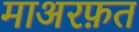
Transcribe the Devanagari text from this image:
माअरफ़त